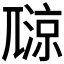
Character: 𡰏